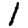
Digit: 1